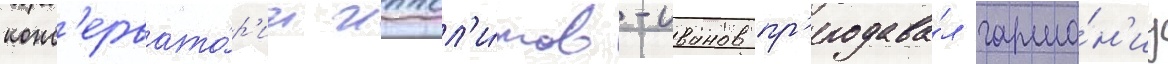
конс'ервато́р'ии иппол'и́тов-иванов пр'еподава́л гармо́н'иу